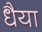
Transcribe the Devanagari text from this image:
धैया